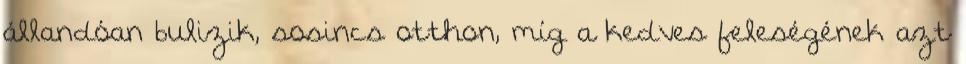
állandóan bulizik, sosincs otthon, míg a kedves feleségének azt